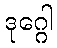
ဒုဂ္ဂေါ